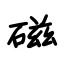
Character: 磁